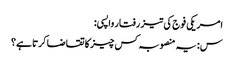
امریکی فوج کی تیز رفتار واپسی:
س: یہ منصوبہ کس چیز کا تقاضا کرتا ہے؟